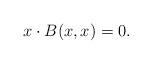
LaTeX: \begin{align*} x \cdot B(x,x) = 0. \end{align*}